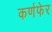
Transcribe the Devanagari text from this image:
कर्णफेर